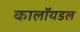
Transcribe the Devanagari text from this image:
कालॉयडल